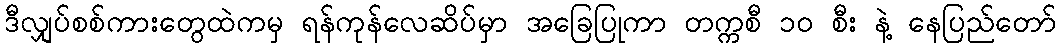
ဒီလျှပ်စစ်ကားတွေထဲကမှ ရန်ကုန်လေဆိပ်မှာ အခြေပြုကာ တက္ကစီ ၁၀ စီး နဲ့ နေပြည်တော်